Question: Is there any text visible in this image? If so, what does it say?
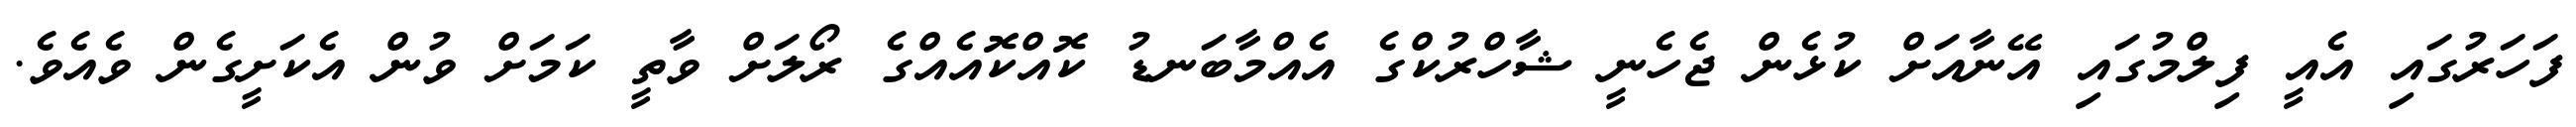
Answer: ފަހަރުގައި އެއީ ފިލްމުގައި އޭނާއަށް ކުޅެން ޖެހެނީ ޝާހްރުކްގެ އެއްމާބަނޑު ކޮއްކޮއެއްގެ ރޯލަށް ވާތީ ކަމަށް ވުން އެކަށީގެން ވެއެވެ.